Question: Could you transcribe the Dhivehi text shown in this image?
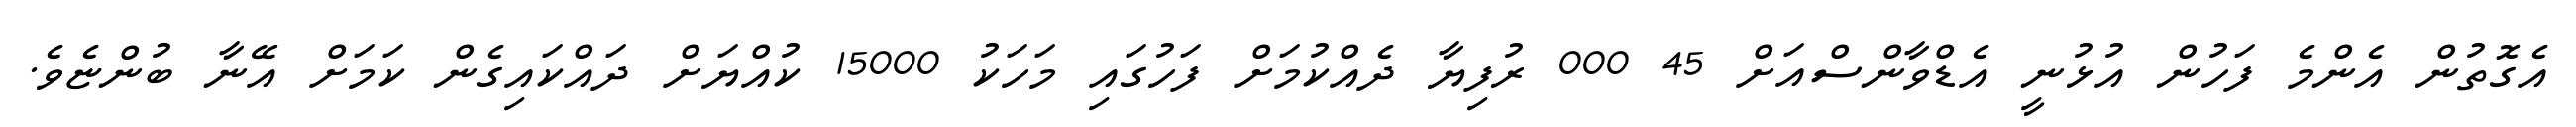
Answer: އެގޮތުން އެންމެ ފަހުން އުޅުނީ އެޑްވާންސްއަށް 45 000 ރުފިޔާ ދެއްކުމަށް ފަހުގައި މަހަކު 15000 ކުއްޔަށް ދައްކައިގެން ކަމަށް އޭނާ ބުންޏެވެ.